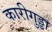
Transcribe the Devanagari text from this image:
कारीगुड्डा